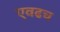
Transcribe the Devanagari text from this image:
एवढच